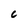
Character: C